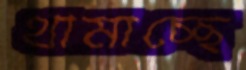
থামাচ্ছে